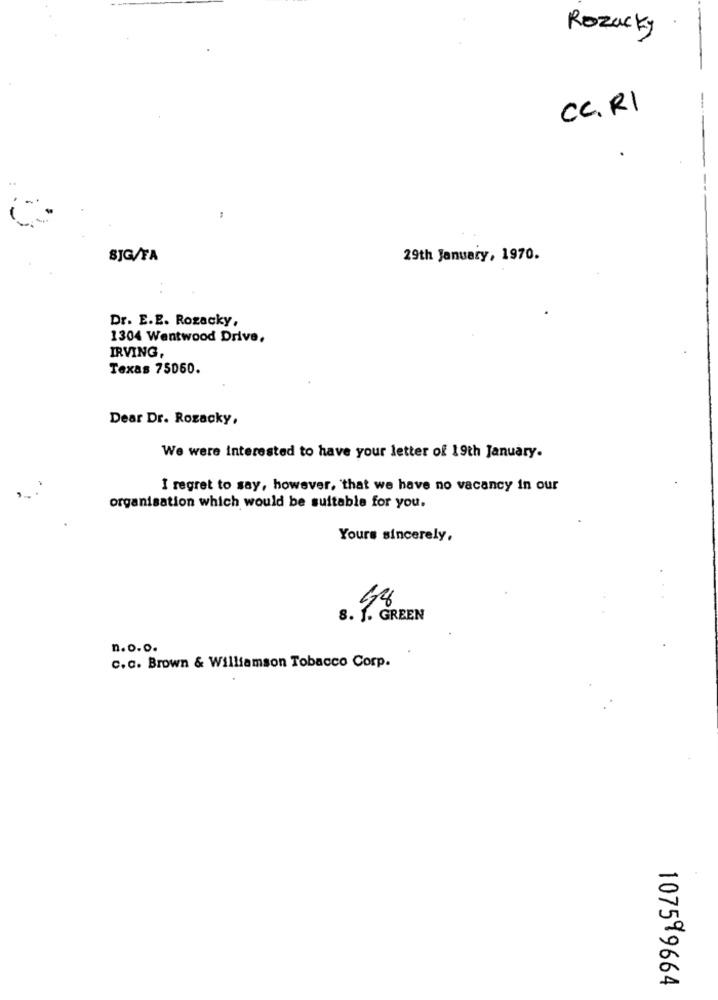
Rozacky
CC. RI
SJG/FA
29th January, 1970.
Dr. E.E. Rozacky,
1304 Wentwood Drive,
IRVING,
Texas 75060.
Dear Dr. Rozacky,
We were interested to have your letter of 19th January.
I regret to say, however, that we have no vacancy in our
organisation which would be suitable for you.
Yours sincerely,
48
8. 1. GREEN
n.o.o.
c.c. Brown & Williamson Tobacco Corp.
=
5
0
1075%9664